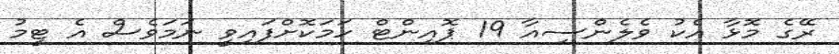
ރޭގެ މޮޅާ އެކު ވެލެންސިއާ 19 ޕޮއިންޓް ހަމަކޮށްފައިވީ ނަމަވެސް އެ ޓީމު